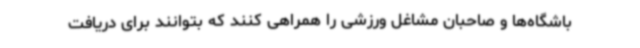
باشگاه‌ها و صاحبان مشاغل ورزشی را همراهی کنند که بتوانند برای دریافت